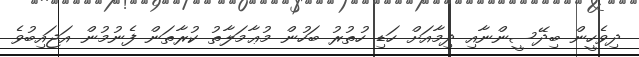
ދިވެހީން ބިދޭސީންނާއި ދިމާއަށް ހަޑި ހުތުރު ބަހުން މުޢާމަލާތު ކުރާތަން ފެނުމުން އަޖައިބުވެ